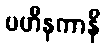
ပဟီနကာနိ